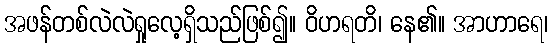
အဖန်တစ်လဲလဲရှုလေ့ရှိသည်ဖြစ်၍။ ဝိဟရတိ၊ နေ၏။ အာဟာရေ၊